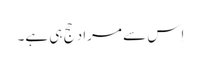
اِس سے مراد حج ہی ہے۔